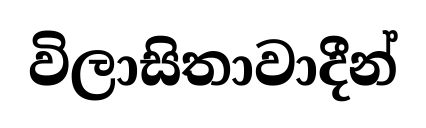
විලාසිතාවාදීන්